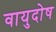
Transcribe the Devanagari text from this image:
वायुदोष